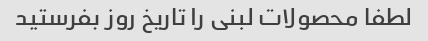
لطفا محصولات لبنی را تاریخ روز بفرستید